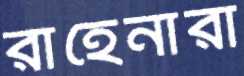
রাহেনারা